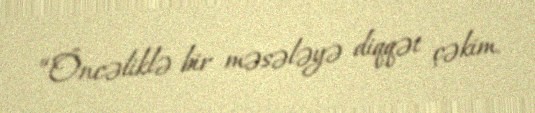
“Öncəliklə bir məsələyə diqqət çəkim.